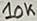
Text: 10K